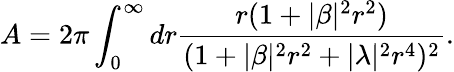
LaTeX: A=2\pi\int_{0}^{\infty}dr\frac{r(1+|\beta|^{2}r^{2})}{(1+|\beta|^{2}r^{2}+|\lambda|^{2}r^{4})^{2}}.